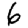
Digit: 6